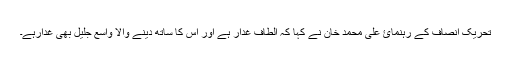
تحریک انصاف کے رہنمائ علی محمد خان نے کہا کہ الطاف غدار ہے اور اس کا ساتھ دینے والا واسع جلیل بھی غدارہے۔